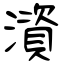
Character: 澬